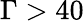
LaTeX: \Gamma>40